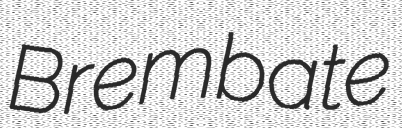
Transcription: Brembate